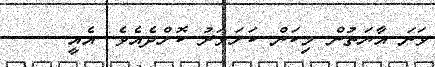
ވަނަ އާޔަތުން މިކަން ކަށަވަރު ކޮށްދެއެވެ. އެއީ